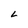
Character: L